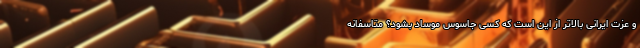
و عزت ایرانی بالاتر از این است که کسی جاسوس موساد بشود؟ متاسفانه